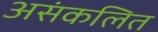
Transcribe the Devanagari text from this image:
असंकलित